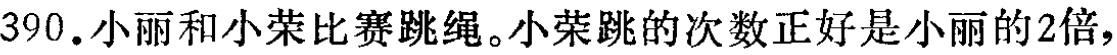
390. 小丽和小荣比赛跳绳。小荣跳的次数正好是小丽的2倍，